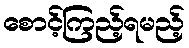
စောင့်ကြည့်ရမည့်